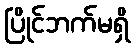
ပြိုင်ဘက်မရှိ